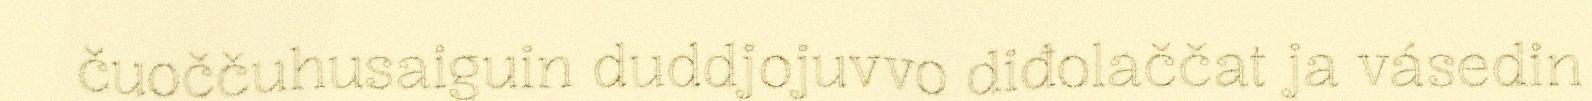
čuoččuhusaiguin duddjojuvvo diđolaččat ja vásedin